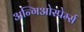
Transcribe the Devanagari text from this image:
अन्गिओस्पेर्म्स